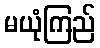
မယုံကြည်